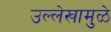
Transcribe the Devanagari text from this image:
उल्लेखामुळे